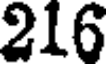
216